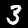
Label: 3